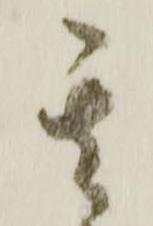
其